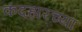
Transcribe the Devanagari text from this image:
कंदहारच्या